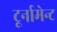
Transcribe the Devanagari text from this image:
टूर्नामेन्ट